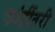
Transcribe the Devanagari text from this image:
कांहींतरी